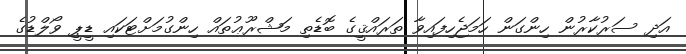
އަދި ސަރުކާރުން ހިންގަން ހަމަޖެހިފައިވާ ތަރައްޤީގެ ބޮޑެތި މަޝްރޫޢުތައް ހިންގުމަށްޓަކައި ޑީޕީ ވޯލްޑުގެ